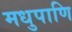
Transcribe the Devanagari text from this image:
मधुपाणि